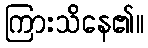
ကြားသိနေ၏။